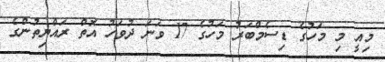
މިއީ މި މަހުގެ ޑިސެމްބަރު މަހުގެ 17 ވަނަ ދުވަހު އޮތް ރައްޔިތުންގެ